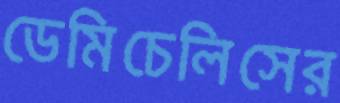
ডেমিচেলিসের